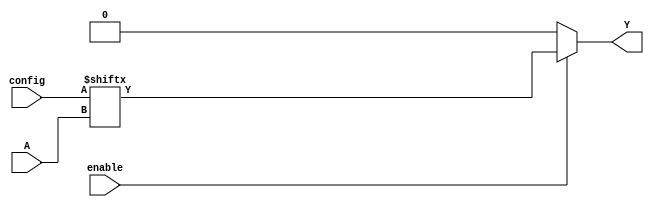
module CLB #(
    parameter NUM_INPUTS = 4,   // Number of inputs (2 to 4)
    parameter LUT_SIZE = 16      // Size of LUT for 4 inputs (2^4)
)(
    input wire [NUM_INPUTS-1:0] A,   // Input signals
    input wire [LUT_SIZE-1:0] config, // Configuration bits from SRAM
    input wire enable,                // Enable signal for the CLB
    output reg Y                      // Output signal
);

// Internal signal for LUT address
wire [NUM_INPUTS-1:0] lut_addr;

// Generate the LUT address based on the inputs
assign lut_addr = A[NUM_INPUTS-1:0];

// Combinational logic to implement the LUT functionality
always @(*) begin
    if (enable) begin
        Y = config[lut_addr]; // Output based on the configuration and input address
    end else begin
        Y = 1'b0; // If not enabled, output is 0
    end
end

endmodule